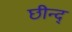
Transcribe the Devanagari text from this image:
छीन्द्